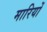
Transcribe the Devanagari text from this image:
मारियों